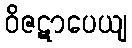
ဝိဇဋာပေယျ